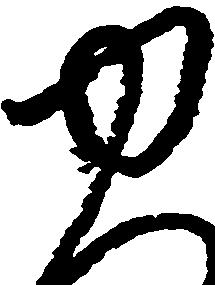
ゆ